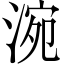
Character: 涴